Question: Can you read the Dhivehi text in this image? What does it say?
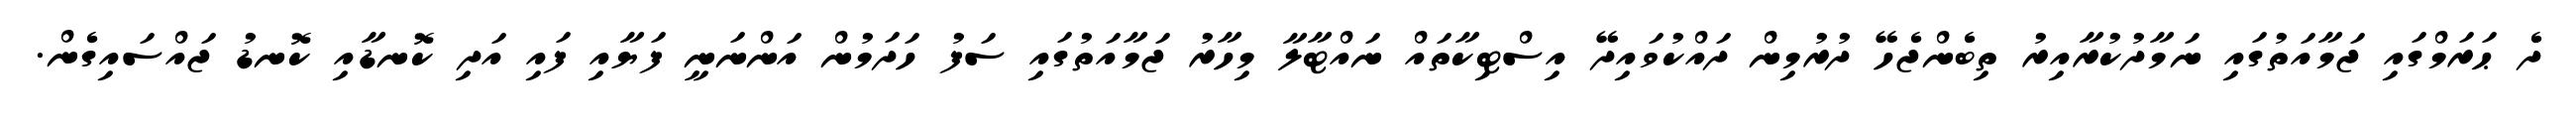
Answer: ދެ ޙަރަމްގައި ޖަމާއަތުގައި ނަމާދުކުރާއިރު ތިބެންޖެހޭ ދުރުމިން ދައްކުވައިދޭ އިސްޓިކާތައް ނައްޓާލާ މިހާރު ޖަމާއަތުގައި ސަފު ހަދަމުން އަންނަނީ ފަޔާއި ފައި އަދި ކޮނޑާއި ކޮނޑު ޖައްސައިގެން.